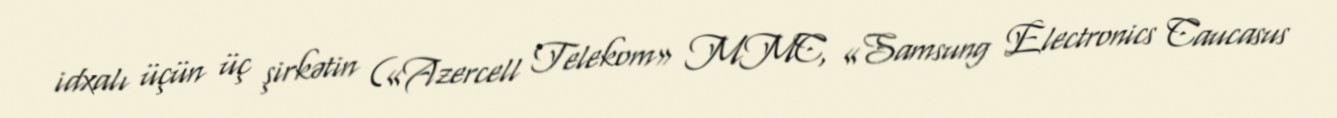
idxalı üçün üç şirkətin («Azercell Telekom» MMC, «Samsung Electronics Caucasus